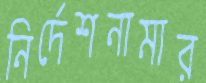
নির্দেশনামার